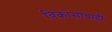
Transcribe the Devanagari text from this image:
विकासाचाही